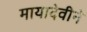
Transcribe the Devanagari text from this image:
मायादेवीने